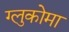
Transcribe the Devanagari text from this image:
ग्लुकोमा